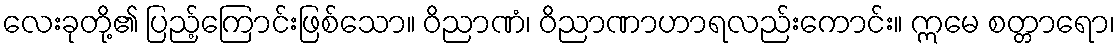
လေးခုတို့၏ ပြည့်ကြောင်းဖြစ်သော။ ဝိညာဏံ၊ ဝိညာဏာဟာရလည်းကောင်း။ ဣမေ စတ္တာရော၊